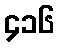
၄၁၆